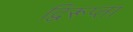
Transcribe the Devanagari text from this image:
द्विरूप्ता